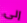
إلى